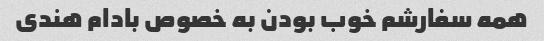
همه سفارشم خوب بودن به خصوص بادام هندی